Rangoon Lunatic Asylum 1898-1906 - 1898-1906
Year: 1898
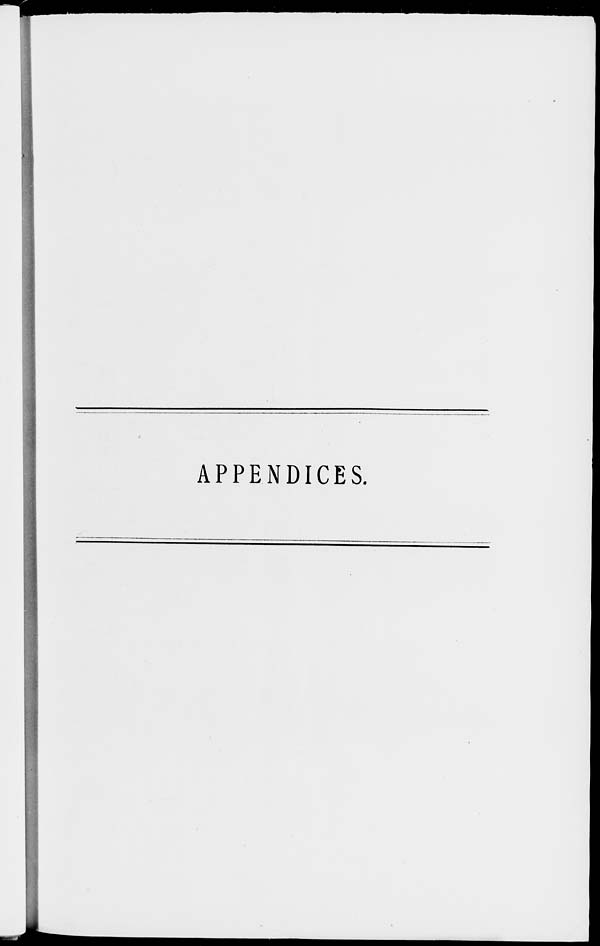
APPENDICES.